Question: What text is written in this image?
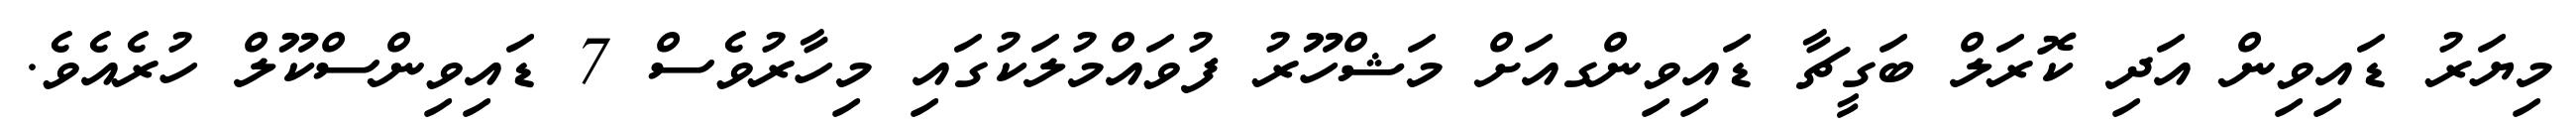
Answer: މިޔަރު ޑައިވިން އަދި ކޮރަލް ބަގީޗާ ޑައިވިންގއަށް މަޝްހޫރު ފުވައްމުލަކުގައި މިހާރުވެސް 7 ޑައިވިންސްކޫލް ހުރެއެވެ.